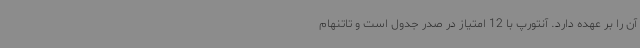
آن را بر عهده دارد. آنتورپ با 12 امتیاز در صدر جدول است و تاتنهام